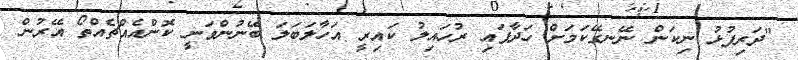
"ދަރިފުޅު ނިކަން ނޭނގޭކަމަށް ހަދާފައި ރުހައިލު ކައިރީ އަހާލަބަލަ ބޭނުންވަނީ ކޮންއެއްޗެއްތޯ އޭރުން